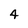
Character: 4